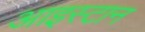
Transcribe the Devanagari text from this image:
आइस्टान